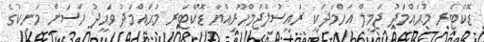
ޑޮކްޓަރ މުޙައްމަދު ޖަމީލް އަހްމަދަކީ ރައީސުލްޖުމްހޫރިއްޔާ ޑޮކްޓަރ މުޙައްމަދު ވަޙީދު ހަސަން މަނިކުގެ